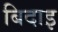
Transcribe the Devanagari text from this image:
बिदाइ